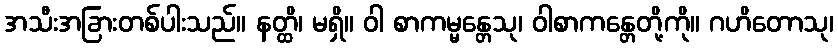
အသီးအခြားတစ်ပါးသည်။ နတ္ထိ၊ မရှိ။ ဝါ စာကမ္မန္တေသု၊ ဝါစာကန္တေတို့ကို။ ဂဟိတောသု၊